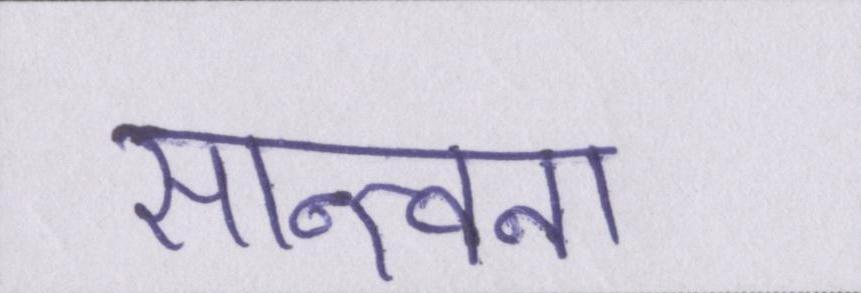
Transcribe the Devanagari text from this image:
सान्त्वना